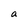
Character: a